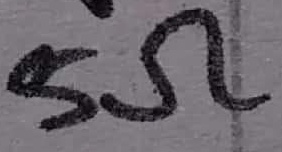
Text: 5Ω